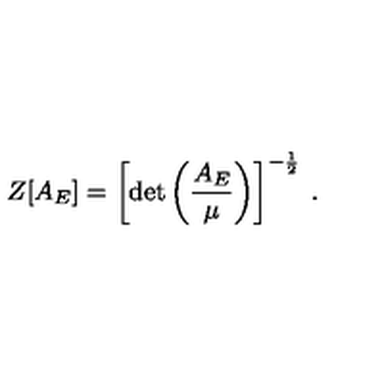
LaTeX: Z [ A _ { E } ] = \left[ \mathrm { d e t } \left( \frac { A _ { E } } { \mu } \right) \right] ^ { - \frac { 1 } { 2 } } \: .